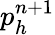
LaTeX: p_{h}^{n+1}